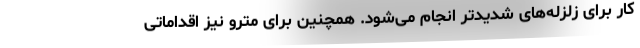
کار برای زلزله‌های شدیدتر انجام می‌شود. همچنین برای مترو نیز اقداماتی